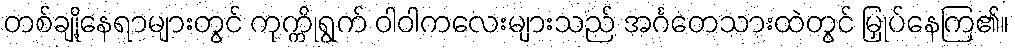
တစ်ချို့နေရာများတွင် ကုက္ကိုရွက် ဝါဝါကလေးများသည် အင်္ဂတေသားထဲတွင် မြှုပ်နေကြ၏။